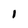
Character: 1